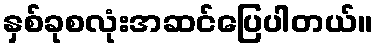
နှစ်ခုစလုံးအဆင်ပြေပါတယ်။